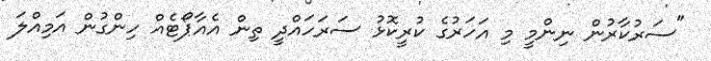
"ސަރުކާރުން ނިންމީ މި އަހަރުގެ ކުރީކޮޅު ސަރަހައްދީ ތިން އެއާޕޯޓެއް ހިންގުން އަމިއްލަ